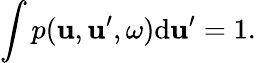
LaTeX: \int p(\boldsymbol{\mathbf{u}},\boldsymbol{\mathbf{u}}^{\prime},\omega)\mathrm{d}\boldsymbol{\mathbf{u}}^{\prime}=1.